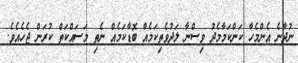
ނުދާނެ އެންމެހާ ކަންކަމާމެދު ވިސްނާ ލަދުވެތިކަމެއް ބޮޑާކަމެއް ނެތި މަސައްކަތް ކުރަން ޖެހެއެވެ.